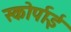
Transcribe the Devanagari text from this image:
स्कोर्पाई